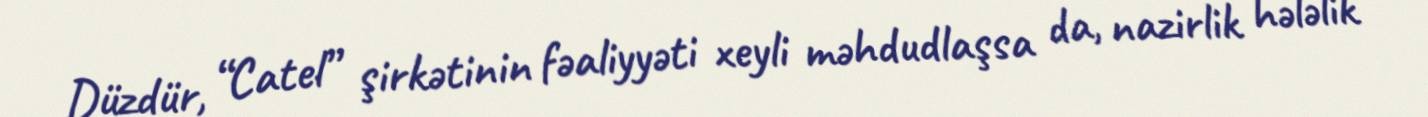
Düzdür, “Catel” şirkətinin fəaliyyəti xeyli məhdudlaşsa da, nazirlik hələlik